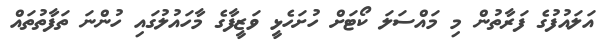
އަލައުފުގެ ފަރާތުން މި މައްސަލަ ކޯޓަށް ހުށަހެޅީ ވަޒީފާގެ މާހައުލުގައި ހުންނަ ތަފާތުތައް